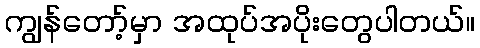
ကျွန်တော့်မှာ အထုပ်အပိုးတွေပါတယ်။